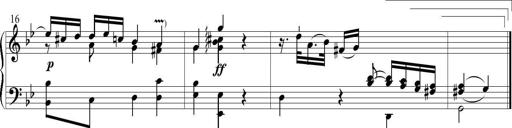
Title: 6 Leichte Sonatinen, Teil 1
Composer: F. Sigismund Sander